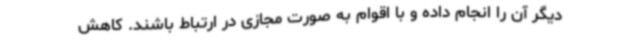
دیگر آن را انجام داده و با اقوام به صورت مجازی در ارتباط باشند. کاهش